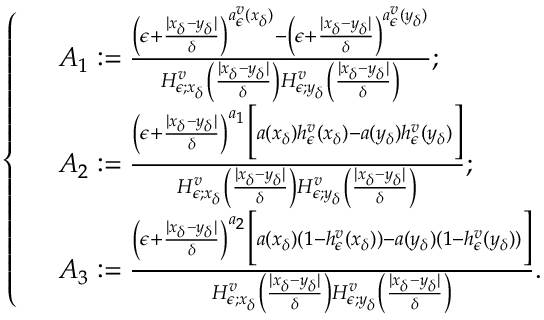
\left\{ \begin{array} { r l } & { A _ { 1 } : = \frac { \left( \epsilon + \frac { | x _ { \delta } - y _ { \delta } | } { \delta } \right) ^ { a _ { \epsilon } ^ { v } ( x _ { \delta } ) } - \left( \epsilon + \frac { | x _ { \delta } - y _ { \delta } | } { \delta } \right) ^ { a _ { \epsilon } ^ { v } ( y _ { \delta } ) } } { H _ { \epsilon ; x _ { \delta } } ^ { v } \left( \frac { | x _ { \delta } - y _ { \delta } | } { \delta } \right) H _ { \epsilon ; y _ { \delta } } ^ { v } \left( \frac { | x _ { \delta } - y _ { \delta } | } { \delta } \right) } ; } \\ & { A _ { 2 } : = \frac { \left( \epsilon + \frac { | x _ { \delta } - y _ { \delta } | } { \delta } \right) ^ { a _ { 1 } } \bigg [ a ( x _ { \delta } ) h _ { \epsilon } ^ { v } ( x _ { \delta } ) - a ( y _ { \delta } ) h _ { \epsilon } ^ { v } ( y _ { \delta } ) \bigg ] } { H _ { \epsilon ; x _ { \delta } } ^ { v } \left( \frac { | x _ { \delta } - y _ { \delta } | } { \delta } \right) H _ { \epsilon ; y _ { \delta } } ^ { v } \left( \frac { | x _ { \delta } - y _ { \delta } | } { \delta } \right) } ; } \\ & { A _ { 3 } : = \frac { \left( \epsilon + \frac { | x _ { \delta } - y _ { \delta } | } { \delta } \right) ^ { a _ { 2 } } \bigg [ a ( x _ { \delta } ) ( 1 - h _ { \epsilon } ^ { v } ( x _ { \delta } ) ) - a ( y _ { \delta } ) ( 1 - h _ { \epsilon } ^ { v } ( y _ { \delta } ) ) \bigg ] } { H _ { \epsilon ; x _ { \delta } } ^ { v } \left( \frac { | x _ { \delta } - y _ { \delta } | } { \delta } \right) H _ { \epsilon ; y _ { \delta } } ^ { v } \left( \frac { | x _ { \delta } - y _ { \delta } | } { \delta } \right) } . } \end{array} \right.